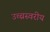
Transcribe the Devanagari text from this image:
उच्चस्वरीय